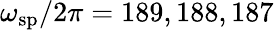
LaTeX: \omega_{\mathrm{sp}}/2\pi=189,188,187